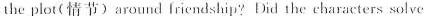
the plot( 情节)around Iriendship?Did the characters solve